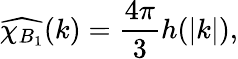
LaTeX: \widehat{\chi_{B_{1}}}(k)=\frac{4\pi}{3}h(|k|),